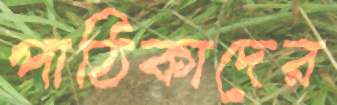
পাঠিকাদের